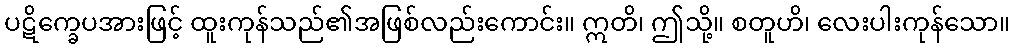
ပဋိက္ခေပအားဖြင့် ထူးကုန်သည်၏အဖြစ်လည်းကောင်း။ ဣတိ၊ ဤသို့။ စတူဟိ၊ လေးပါးကုန်သော။